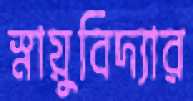
স্নায়ুবিদ্যার